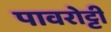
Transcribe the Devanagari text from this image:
पावरोट्टी